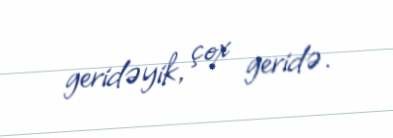
geridəyik, çox geridə.